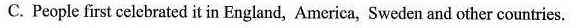
C. People first celebrated it in England, America, Sweden and other countries.